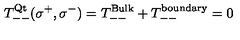
T _ { -- } ^ { \mathrm { Q t } } ( \sigma ^ { + } , \sigma ^ { - } ) = T _ { -- } ^ { \mathrm { B u l k } } + T _ { -- } ^ { \mathrm { b o u n d a r y } } = 0